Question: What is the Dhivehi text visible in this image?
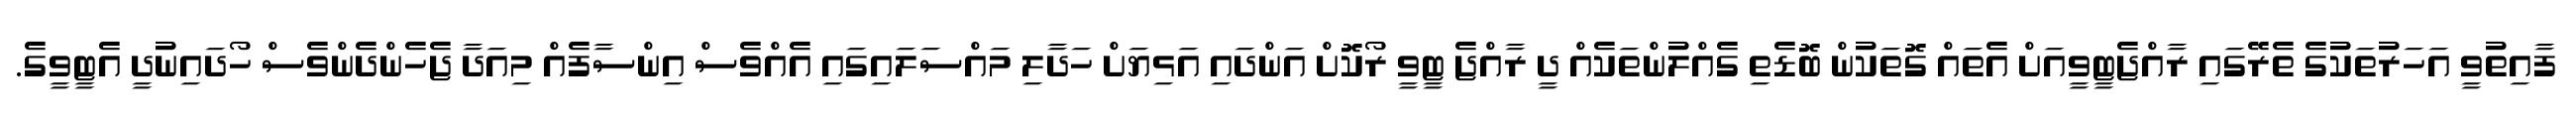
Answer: ފާއިތުވީ އަހަރުތަކުގެ ތެރޭގައި ރާއްޖެޓީވީއަށް އެތައް ގޮތަކުން ބޮޑެތި ގެއްލުންތަކެއް ދީ ރާއްޖެ ޓީވީ ރޯކޮށް އަންދައި އަޅިޔަށް ހަދާލި މައްސަލައިގައި އެއްވެސް އިންސާފެއް މިއަދާ ޖެހެންދެންވެސް ހޯދައިނުދީ އެޓީވީގެ.